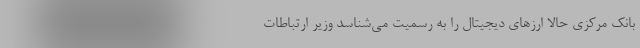
بانک مرکزی حالا ارزهای دیجیتال را به رسمیت می‌شناسد وزیر ارتباطات